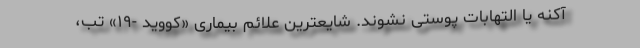
آکنه یا التهابات پوستی نشوند. شایعترین علائم بیماری «کووید -۱۹» تب،